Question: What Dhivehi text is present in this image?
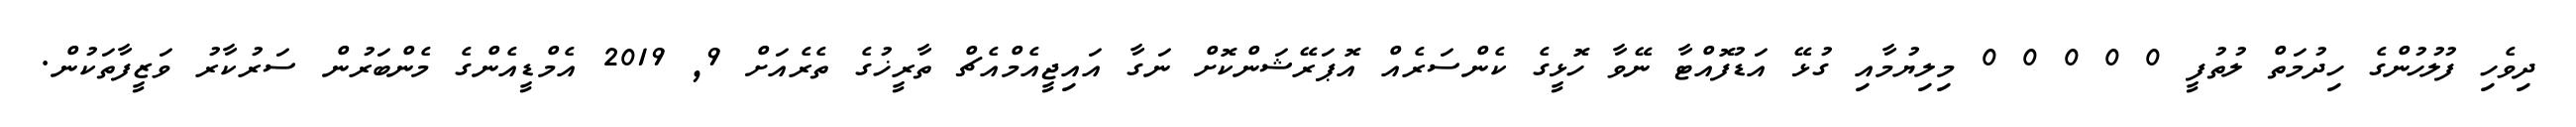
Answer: ދިވެހި ފުލުހުންގެ ހިދުމަތް ލުތުފީ 0 0 0 0 0 މިލިޔުމާއި ގުޅޭ އަޑުފޮއްޓާ ނޭވާ ހޮޅީގެ ކެންސަރެއް އޮޕަރޭޝަންކޮށް ނަގާ އައިޖީއެމްއެޗް ތާރީޚުގެ ތެރެއަށް 9, 2019 އެމްޑީއެންގެ މެންބަރުން ސަރުކާރު ވަޒީފާތަކުން.